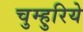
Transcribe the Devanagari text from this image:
चुम्हुरिये